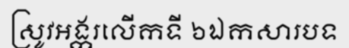
ស្រូវអង្ករលើកទី ៦ឯកសារបទ